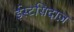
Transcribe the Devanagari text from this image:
ईस्टसिदाज़